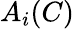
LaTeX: A_{i}(C)